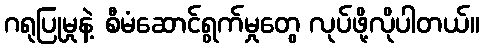
ဂရုပြုမှုနဲ့ စီမံဆောင်ရွက်မှုတွေ လုပ်ဖို့လိုပါတယ်။